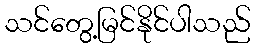
သင်တွေ့မြင်နိုင်ပါသည်